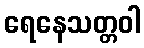
ရေနေသတ္တဝါ